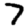
Digit: 7